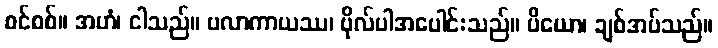
စင်စစ်။ အဟံ၊ ငါသည်။ ဗလာကာယဿ၊ ဗိုလ်ပါအပေါင်းသည်။ ပိယော၊ ချစ်အပ်သည်။